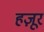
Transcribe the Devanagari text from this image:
हज़ूर